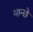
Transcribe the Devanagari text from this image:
मान्छे